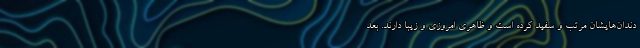
دندان‌هایشان مرتب و سفید کرده است و ظاهری امروزی و زیبا دارند. بعد